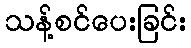
သန့်စင်ပေးခြင်း